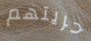
حريتهم